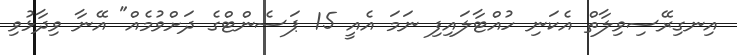
އިނގިރޭސިވިލާތް އެކަނި ހުއްޓާލައިފި ނަމަ އެއީ 15 ޕަސެންޓްގެ ދަށްވުމެއް" އޭނާ ވިދާޅުވި